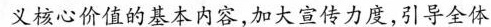
义核心价值的基本内容，加大宣传力度，引导全体